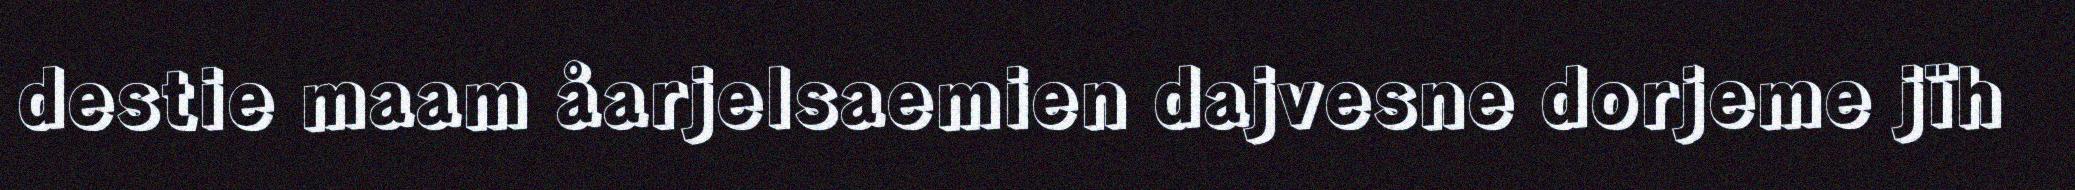
destie maam åarjelsaemien dajvesne dorjeme jïh